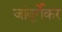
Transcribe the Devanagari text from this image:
जांबुर्गेकर